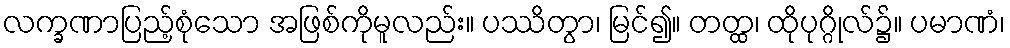
လက္ခဏာပြည့်စုံသော အဖြစ်ကိုမူလည်း။ ပဿိတွာ၊ မြင်၍။ တတ္ထ၊ ထိုပုဂ္ဂိုလ်၌။ ပမာဏံ၊